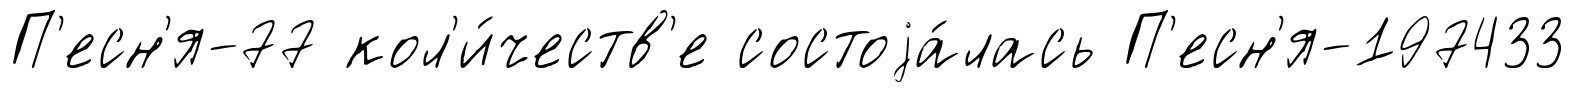
П'есн'я-77 кол'и́честв'е состоjа́лась П'есн'я-197433